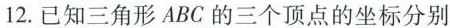
12.已知三角形ABC的三个顶点的坐标分别